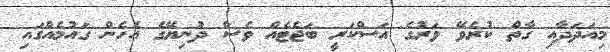
މިއަދަދާއި ގާތް ކުރެވޭ ވަރުގެ އަސްކަރީ ބަޖެޓެއް ވެސް ދުނިޔޭގެ އެހެން ގައުމެއްގައި